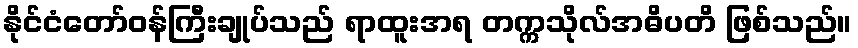
နိုင်ငံတော်ဝန်ကြီးချုပ်သည် ရာထူးအရ တက္ကသိုလ်အဓိပတိ ဖြစ်သည်။